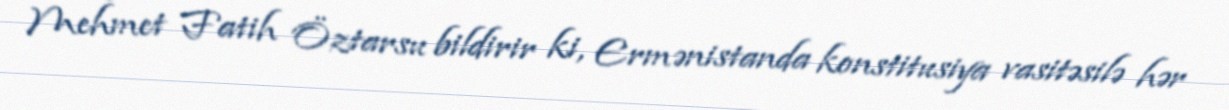
Mehmet Fatih Öztarsu bildirir ki, Ermənistanda konstitusiya vasitəsilə hər